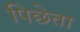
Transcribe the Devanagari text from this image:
पिछेता